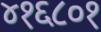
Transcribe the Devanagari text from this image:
४१६८०१